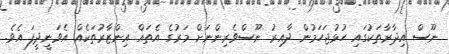
ނޫސް އިދާރާތަކުގައި ހުޅުޖަހަމުން ދާއިރު ނޫސްވެރިންނަށް މަރުގެ އެތައް އިންޒާރުތަކެއް އެވަނީދީފަ އެވެ.